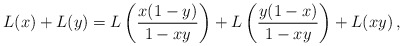
\begin{align*} L(x) + L(y) = L\left(\frac{x(1-y)}{1-xy}\right) + L\left(\frac{y(1-x)}{1-xy}\right) + L(xy) \,,\end{align*}